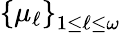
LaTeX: \left\{ \mu_{\ell}\right\} _{1\leq\ell\leq\omega}